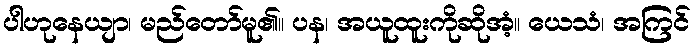
ပါဟုနေယျာ၊ မည်တော်မူ၏။ ပန၊ အယူထူးကိုဆိုအံ့။ ယေသံ၊ အကြင်